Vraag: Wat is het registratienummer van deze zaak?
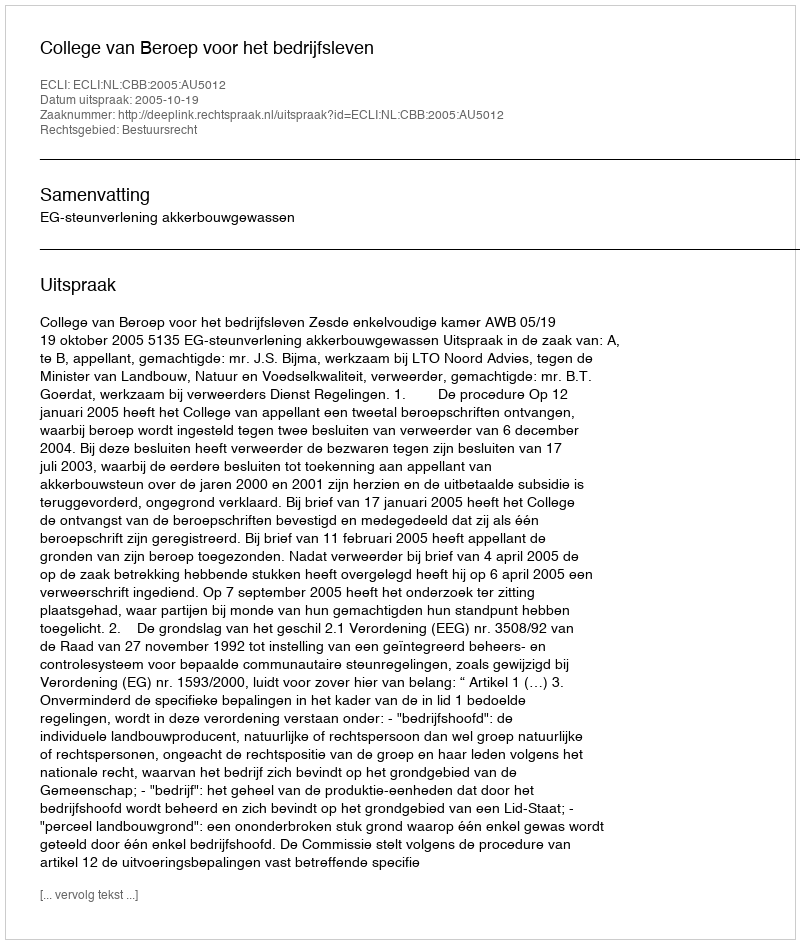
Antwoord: http://deeplink.rechtspraak.nl/uitspraak?id=ECLI:NL:CBB:2005:AU5012